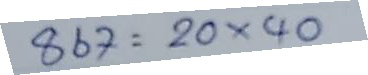
867 = 20 x 40